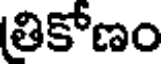
తికోణం